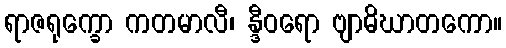
ရာဇရုက္ခော ကတမာလီ၊ န္ဒီဝရော ဗျာဓိဃာတကော။